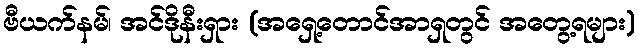
ဗီယက်နမ်၊ အင်ဒိုနီးရှား (အရှေ့တောင်အာရှတွင် အတွေ့ရများ)